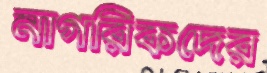
নাগরিকদের